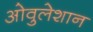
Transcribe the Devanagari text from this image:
ओवुलेशान